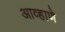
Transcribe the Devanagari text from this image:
आव्हाणे